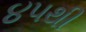
૪૫થી